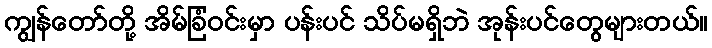
ကျွန်တော်တို့ အိမ်ခြံဝင်းမှာ ပန်းပင် သိပ်မရှိဘဲ အုန်းပင်တွေများတယ်။